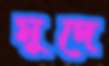
মুদে